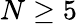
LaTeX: N\geq 5